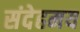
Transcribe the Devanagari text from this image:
संदेहमय